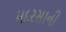
મદરસાની